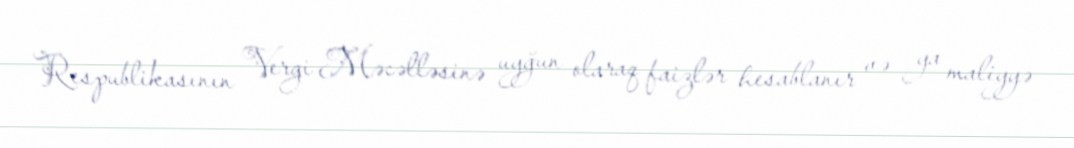
Respublikasının Vergi Məcəlləsinə uyğun olaraq faizlər hesablanır və ya maliyyə